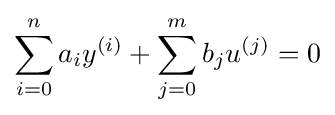
\sum _{i=0}^{n}a_{i}y^{(i)}+\sum _{j=0}^{m}b_{j}u^{(j)}=0